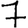
Digit: 7